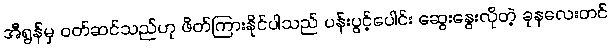
အီရွန်မှ ဝတ်ဆင်သည်ဟု ဖိတ်ကြားနိုင်ပါသည် ပန်းပွင့်ပေါင်း ဆွေးနွေးလိုတဲ့ ခုနလေးတင်